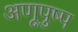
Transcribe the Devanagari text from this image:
अणूपुष्प